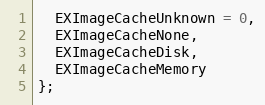
Language: C
  EXImageCacheUnknown = 0,
  EXImageCacheNone,
  EXImageCacheDisk,
  EXImageCacheMemory
};